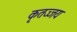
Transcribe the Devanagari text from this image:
कृतज्जय